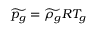
\widetilde { p _ { g } } = \widetilde { \rho _ { g } } R T _ { g }